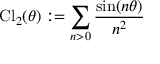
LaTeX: \mathrm { C l } _ { 2 } ( \theta ) : = \sum _ { n > 0 } \frac { \sin ( n \theta ) } { n ^ { 2 } }